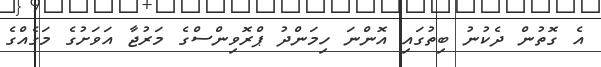
އެ ގޮތުން ދެކުނު ބިތުގައި އޮންނަ ހިމަންދު ޕްރޮވިންސްގެ މަރުޖާ އަވަށުގެ މަގެއްގެ